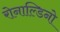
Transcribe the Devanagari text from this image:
रोनाल्डिनो